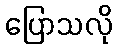
ပြောသလို